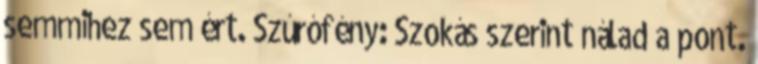
semmihez sem ért. Szúrófény: Szokás szerint nálad a pont.